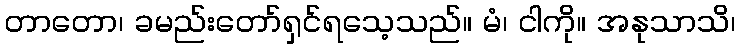
တာတော၊ ခမည်းတော်ရှင်ရသေ့သည်။ မံ၊ ငါကို။ အနုသာသိ၊